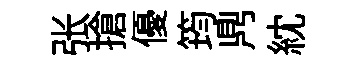
张搶優筠𪔂紞